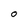
Character: o